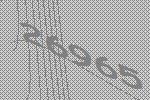
26965